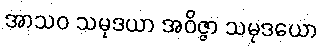
အာသဝ သမုဒယာ အဝိဇ္ဇာ သမုဒယော